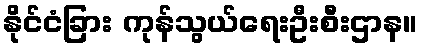
နိုင်ငံခြား ကုန်သွယ်ရေးဦးစီးဌာန။